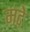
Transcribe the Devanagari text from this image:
मदे